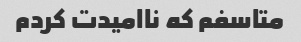
متاسفم که ناامیدت کردم